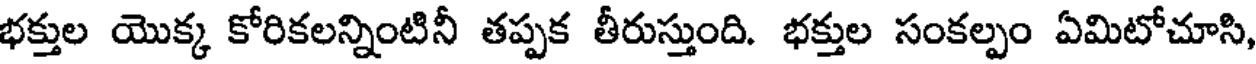
భక్తుల యొక్క కోరికలన్నింటినీ తప్పక తీరుస్తుంది. భక్తుల సంకల్పం ఏమిటోచూసి,